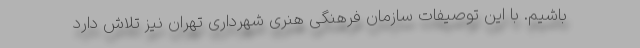
باشیم. با این توصیفات سازمان فرهنگی هنری شهرداری تهران نیز تلاش دارد